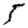
Digit: 5